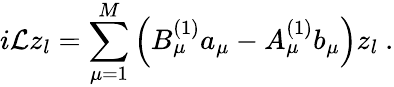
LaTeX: i\mathcal{L}z_{l}=\sum_{\mu=1}^{M}\left(B_{\mu}^{(1)}a_{\mu}-A_{\mu}^{(1)}b_{\mu}\right)z_{l}~.